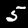
Label: 5